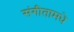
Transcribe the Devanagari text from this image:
संगीतामधे